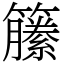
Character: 籘